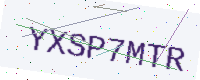
Text: YXSP7MTR